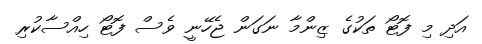
އަދި މި ފޮޓޯ ތަކުގެ ޒިންމާ ނަގަން ޖެހޭނީ ވެސް ފޮޓޯ ހިއްސާކުރި